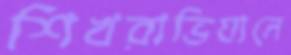
শিখরাভিযানে